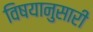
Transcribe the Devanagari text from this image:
विषयानुसारी